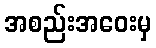
အစည်းအဝေးမှ